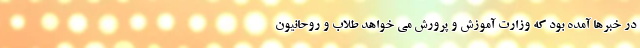
در خبرها آمده بود که وزارت آموزش و پرورش می خواهد طلاب و روحانیون